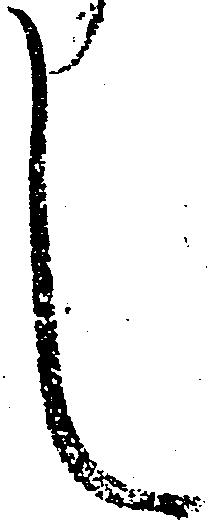
し